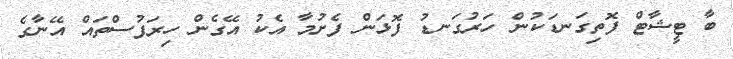
ބާ ޓީޝާޓް ފޮތިގަނޑަކުން ހަރުގަނޑު ފޮޅަން ފެށުމާ އެކު އޭގެން ހިރަފުސްތައް އޭނާގެ